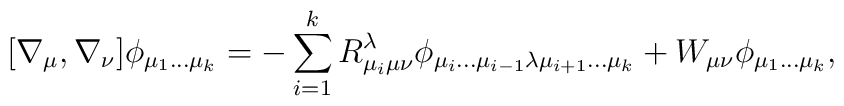
[\nabla_{\mu}, \nabla_{\nu}]\phi_{\mu_1\dots\mu_k} = - \sum_{i=1}^{k}R_{\mu_i\mu\nu}^{\lambda} \phi_{\mu_i\dots\mu_{i-1}\lambda\mu_{i+1}\dots\mu_k} + W_{\mu\nu}\phi_{\mu_1\dots\mu_k},